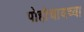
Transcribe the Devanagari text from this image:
पोहोचायच्या